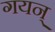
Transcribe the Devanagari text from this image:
गयन्